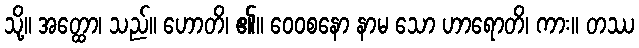
သို့။ အတ္ထော၊ သည်။ ဟောတိ၊ ၏။ ဝေဝစနော နာမ သော ဟာရောတိ၊ ကား။ တဿ